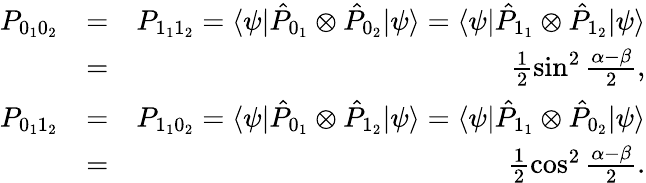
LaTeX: \begin{array}{rlr}{P_{0_{1}0_{2}}}&{=}&{P_{1_{1}1_{2}}=\langle\psi|\hat{P}_{0_{1}}\otimes\hat{P}_{0_{2}}|\psi\rangle=\langle\psi|\hat{P}_{1_{1}}\otimes\hat{P}_{1_{2}}|\psi\rangle}\\ &{=}&{\frac{1}{2}\sin^{2}\frac{\alpha-\beta}{2},}\\ {P_{0_{1}1_{2}}}&{=}&{P_{1_{1}0_{2}}=\langle\psi|\hat{P}_{0_{1}}\otimes\hat{P}_{1_{2}}|\psi\rangle=\langle\psi|\hat{P}_{1_{1}}\otimes\hat{P}_{0_{2}}|\psi\rangle}\\ &{=}&{\frac{1}{2}\cos^{2}\frac{\alpha-\beta}{2}.}\end{array}